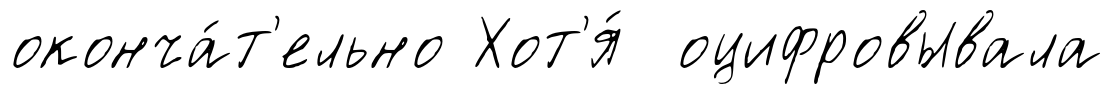
оконча́т'ельно Хот'я́ оцифровывала